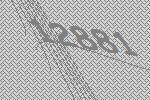
12881